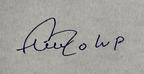
Signature authenticity: forged